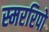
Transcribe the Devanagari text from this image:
स्मररिपो